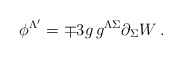
\begin{align*}\phi ^{\Lambda '}=\mp 3 g\, g^{\Lambda \Sigma }\partial _\Sigma W\,. \end{align*}